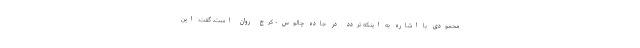
محمودی با اشاره به اینکه تردد در جاده چالوس- کرج روان است، گفت: این